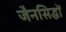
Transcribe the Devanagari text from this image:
जैनसिद्धों